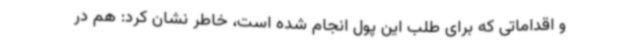
و اقداماتی که برای طلب این پول انجام شده است، خاطر نشان کرد: هم در